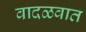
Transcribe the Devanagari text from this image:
वादळवात